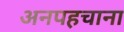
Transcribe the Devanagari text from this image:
अनपहचाना